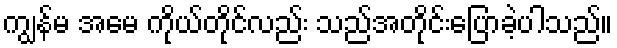
ကျွန်မ အမေ ကိုယ်တိုင်လည်း သည်အတိုင်းပြောခဲ့ပါသည်။